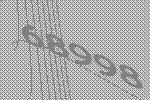
68998